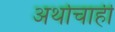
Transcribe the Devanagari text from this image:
अर्थाचाही